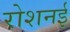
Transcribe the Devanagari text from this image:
रोशनई